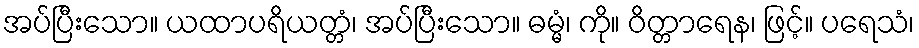
အပ်ပြီးသော။ ယထာပရိယတ္တံ၊ အပ်ပြီးသော။ ဓမ္မံ၊ ကို။ ဝိတ္တာရေန၊ ဖြင့်။ ပရေသံ၊